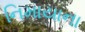
નિમાયાના